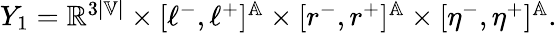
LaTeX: \begin{array}{r}{Y_{1}=\mathbb{R}^{3|\mathbb{V}|}\times[\ell^{-},\ell^{+}]^{\mathbb{A}}\times[r^{-},r^{+}]^{\mathbb{A}}\times[\eta^{-},\eta^{+}]^{\mathbb{A}}.}\end{array}